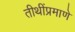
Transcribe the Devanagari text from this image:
तीथींप्रमाणे